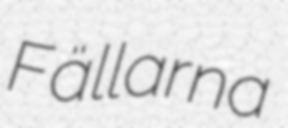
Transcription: Fällarna